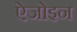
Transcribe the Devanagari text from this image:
ऐजोइन